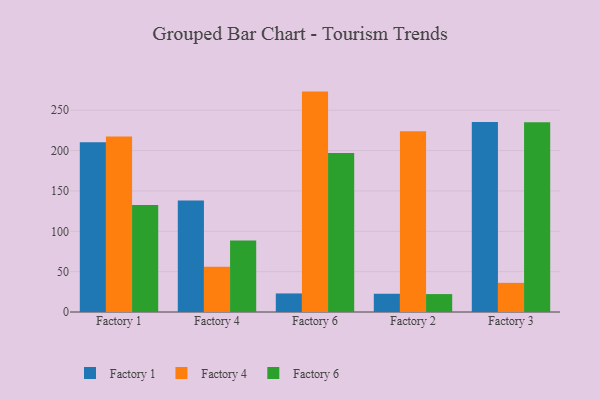
{"axis": {"x": "Factory", "y": "Conversion Rate (%)"}, "legend": ["Factory 1", "Factory 4", "Factory 6"], "data": [{"x": "Factory 1", "y": 210.4, "type": "Factory 1"}, {"x": "Factory 1", "y": 217.4, "type": "Factory 4"}, {"x": "Factory 1", "y": 132.5, "type": "Factory 6"}, {"x": "Factory 4", "y": 138.2, "type": "Factory 1"}, {"x": "Factory 4", "y": 56.2, "type": "Factory 4"}, {"x": "Factory 4", "y": 88.7, "type": "Factory 6"}, {"x": "Factory 6", "y": 23.0, "type": "Factory 1"}, {"x": "Factory 6", "y": 273.1, "type": "Factory 4"}, {"x": "Factory 6", "y": 196.9, "type": "Factory 6"}, {"x": "Factory 2", "y": 22.6, "type": "Factory 1"}, {"x": "Factory 2", "y": 224.0, "type": "Factory 4"}, {"x": "Factory 2", "y": 22.2, "type": "Factory 6"}, {"x": "Factory 3", "y": 235.5, "type": "Factory 1"}, {"x": "Factory 3", "y": 36.1, "type": "Factory 4"}, {"x": "Factory 3", "y": 235.0, "type": "Factory 6"}]}